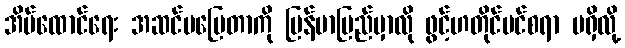
အိမ်ထောင်ရေး အဆင်မပြေတာကို မြန်မာပြည်မှာလို ဖွင့်ဟတိုင်ပင်စရာ မရှိလို့